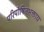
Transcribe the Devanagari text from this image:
परिपोषितभक्ताय